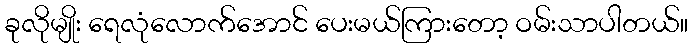
ခုလိုမျိုး ရေလုံလောက်အောင် ပေးမယ်ကြားတော့ ဝမ်းသာပါတယ်။